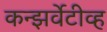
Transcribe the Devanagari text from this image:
कन्झर्वेटीव्ह